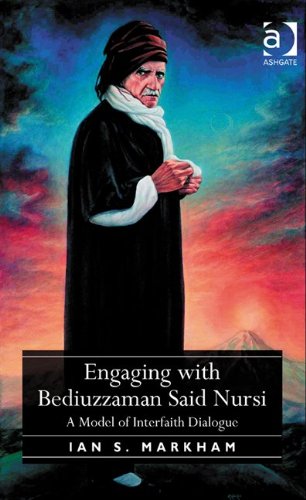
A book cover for Engaging with Bediuzzaman Said Nursi; Ian S. Markham; Religion & Spirituality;